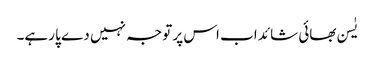
یٰسن بھائی شائد اب اس پر توجہ نہیں دے پا رہے۔